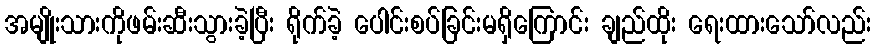
အမျိုးသားကိုဖမ်းဆီးသွားခဲ့ပြီး ရိုက်ခဲ့ ပေါင်းစပ်ခြင်းမရှိကြောင်း ချည်ထိုး ရေးထားသော်လည်း